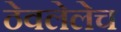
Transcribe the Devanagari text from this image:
ठेवलेलेच